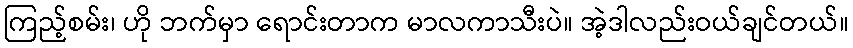
ကြည့်စမ်း၊ ဟို ဘက်မှာ ရောင်းတာက မာလကာသီးပဲ။ အဲ့ဒါလည်းဝယ်ချင်တယ်။